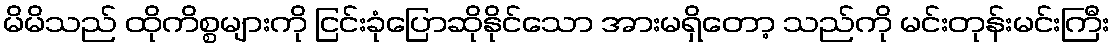
မိမိသည် ထိုကိစ္စများကို ငြင်းခုံပြောဆိုနိုင်သော အားမရှိတော့ သည်ကို မင်းတုန်းမင်းကြီး